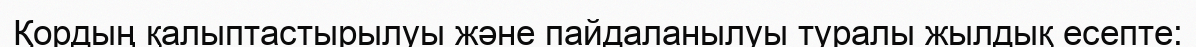
Қордың қалыптастырылуы және пайдаланылуы туралы жылдық есепте: